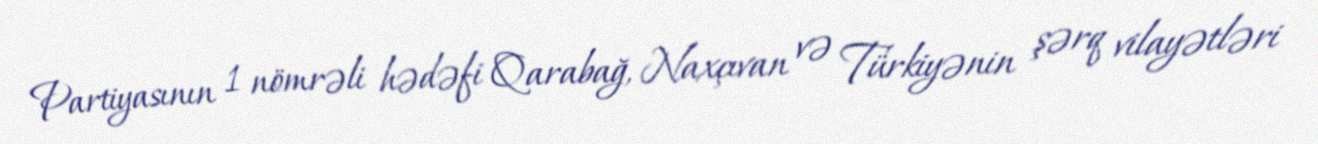
Partiyasının 1 nömrəli hədəfi Qarabağ, Naxçıvan və Türkiyənin şərq vilayətləri